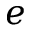
e